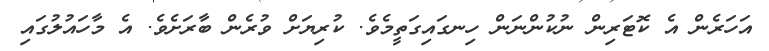
އަހަރެން އެ ކޮޓަރިން ނުކުންނަން ހިނގައިގަތީމެވެ. ކުރިޔަށް ވުރެން ބާރަށެވެ. އެ މާހައުލުގައި